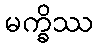
မက္ခိဿ